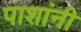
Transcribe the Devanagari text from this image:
पाशांनी